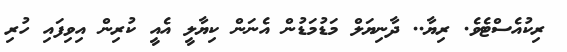
ރިކުއެސްޓެވެ. ރިޔާ.. ދާނިޔަލް މަޑުމަޑުން އެނަން ކިޔާލީ އެއީ ކުރިން އިވިފައި ހުރި